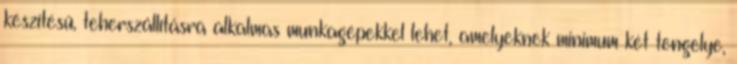
készítésű, teherszállításra alkalmas munkagépekkel lehet, amelyeknek minimum két tengelye,